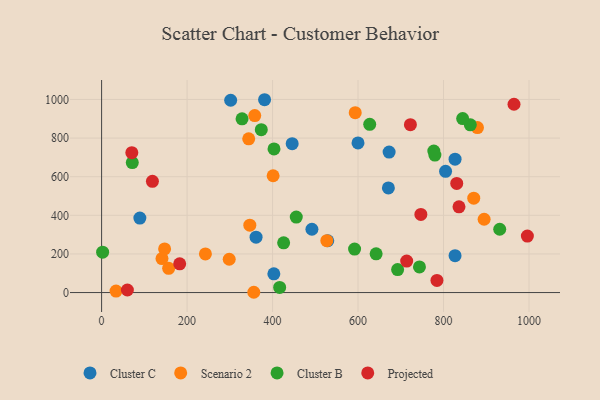
{"axis": {"x": "Investment", "y": "Demand"}, "legend": ["Cluster B", "Cluster C", "Projected", "Scenario 2"], "data": [{"x": "445.9", "y": 771.0, "type": "Cluster C"}, {"x": "599.9", "y": 774.8, "type": "Cluster C"}, {"x": "381.3", "y": 998.6, "type": "Cluster C"}, {"x": "361.4", "y": 286.8, "type": "Cluster C"}, {"x": "492.1", "y": 327.9, "type": "Cluster C"}, {"x": "403.0", "y": 96.8, "type": "Cluster C"}, {"x": "89.5", "y": 385.5, "type": "Cluster C"}, {"x": "672.7", "y": 727.5, "type": "Cluster C"}, {"x": "804.8", "y": 628.0, "type": "Cluster C"}, {"x": "827.0", "y": 690.5, "type": "Cluster C"}, {"x": "529.1", "y": 268.2, "type": "Cluster C"}, {"x": "302.0", "y": 996.0, "type": "Cluster C"}, {"x": "671.0", "y": 541.8, "type": "Cluster C"}, {"x": "827.0", "y": 190.8, "type": "Cluster C"}, {"x": "870.7", "y": 488.8, "type": "Scenario 2"}, {"x": "879.4", "y": 854.4, "type": "Scenario 2"}, {"x": "141.3", "y": 176.0, "type": "Scenario 2"}, {"x": "147.4", "y": 225.9, "type": "Scenario 2"}, {"x": "156.9", "y": 125.7, "type": "Scenario 2"}, {"x": "593.4", "y": 931.6, "type": "Scenario 2"}, {"x": "358.3", "y": 916.4, "type": "Scenario 2"}, {"x": "33.8", "y": 7.6, "type": "Scenario 2"}, {"x": "526.9", "y": 268.9, "type": "Scenario 2"}, {"x": "298.6", "y": 172.5, "type": "Scenario 2"}, {"x": "401.3", "y": 605.0, "type": "Scenario 2"}, {"x": "346.8", "y": 349.1, "type": "Scenario 2"}, {"x": "242.9", "y": 200.2, "type": "Scenario 2"}, {"x": "344.2", "y": 795.9, "type": "Scenario 2"}, {"x": "356.1", "y": 1.5, "type": "Scenario 2"}, {"x": "895.0", "y": 379.7, "type": "Scenario 2"}, {"x": "627.3", "y": 871.0, "type": "Cluster B"}, {"x": "373.6", "y": 843.7, "type": "Cluster B"}, {"x": "416.6", "y": 26.5, "type": "Cluster B"}, {"x": "743.7", "y": 132.9, "type": "Cluster B"}, {"x": "642.3", "y": 200.6, "type": "Cluster B"}, {"x": "591.9", "y": 225.3, "type": "Cluster B"}, {"x": "425.9", "y": 257.4, "type": "Cluster B"}, {"x": "403.4", "y": 743.7, "type": "Cluster B"}, {"x": "71.8", "y": 673.3, "type": "Cluster B"}, {"x": "2.4", "y": 209.1, "type": "Cluster B"}, {"x": "931.5", "y": 327.9, "type": "Cluster B"}, {"x": "455.5", "y": 390.8, "type": "Cluster B"}, {"x": "777.3", "y": 733.2, "type": "Cluster B"}, {"x": "328.6", "y": 899.6, "type": "Cluster B"}, {"x": "779.8", "y": 711.8, "type": "Cluster B"}, {"x": "692.6", "y": 119.3, "type": "Cluster B"}, {"x": "862.7", "y": 868.6, "type": "Cluster B"}, {"x": "844.8", "y": 901.0, "type": "Cluster B"}, {"x": "713.8", "y": 163.1, "type": "Projected"}, {"x": "830.9", "y": 565.1, "type": "Projected"}, {"x": "60.3", "y": 13.4, "type": "Projected"}, {"x": "747.0", "y": 404.7, "type": "Projected"}, {"x": "784.6", "y": 62.8, "type": "Projected"}, {"x": "836.2", "y": 443.9, "type": "Projected"}, {"x": "722.5", "y": 869.2, "type": "Projected"}, {"x": "964.9", "y": 975.2, "type": "Projected"}, {"x": "996.2", "y": 292.6, "type": "Projected"}, {"x": "70.7", "y": 724.4, "type": "Projected"}, {"x": "182.7", "y": 148.7, "type": "Projected"}, {"x": "118.9", "y": 576.2, "type": "Projected"}]}